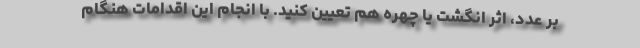
بر عدد، اثر انگشت یا چهره هم تعیین کنید. با انجام این اقدامات هنگام